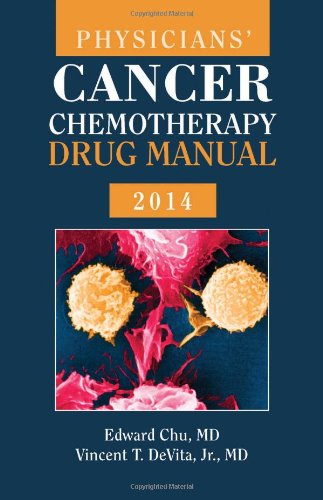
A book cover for Physicians' Cancer Chemotherapy Drug Manual 2014 (Jones and Bartlett Series in Oncology(Physician's Cancer Chemotherapy Drug Manual)); Edward Chu; Medical Books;